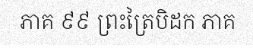
ភាគ ៩៩ ព្រះត្រៃបិដក ភាគ